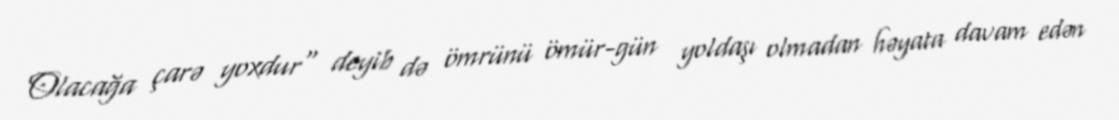
Olacağa çarə yoxdur" deyib də ömrünü ömür-gün yoldaşı olmadan həyata davam edən